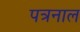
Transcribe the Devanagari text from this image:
पत्रनाल